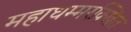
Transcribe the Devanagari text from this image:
महाधम्मरक्खित